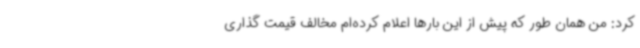
کرد: من همان طور که پیش از این بارها اعلام کرده‌ام مخالف قیمت گذاری